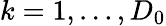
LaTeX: k=1,\ldots,D_{0}